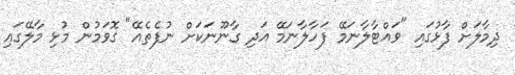
ދިމާލަށް ފާޅުގައި "ވައްޓާލާނަމޭ ފަހާލާނަމޭ އަދި ގާނޫނަކަށް ނުފެތެއޭ" ގޮވަމުން މުޅި މާލޭގައި